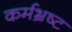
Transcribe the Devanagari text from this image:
कर्मभ्रष्ट